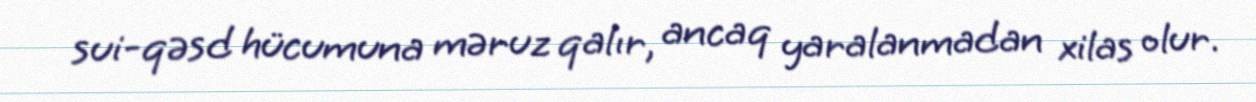
sui-qəsd hücumuna məruz qalır, ancaq yaralanmadan xilas olur.